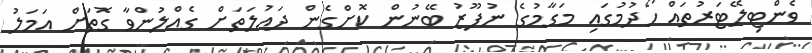
ވެންޓިލޭޓަރުތައް ހޯދުމުގައި މަގާމުގެ ނުފޫޒު ބޭނުން ކޮށްގެން ދައުލަތަށް ގެއްލުންވާ ގޮތަށް އަމަލު